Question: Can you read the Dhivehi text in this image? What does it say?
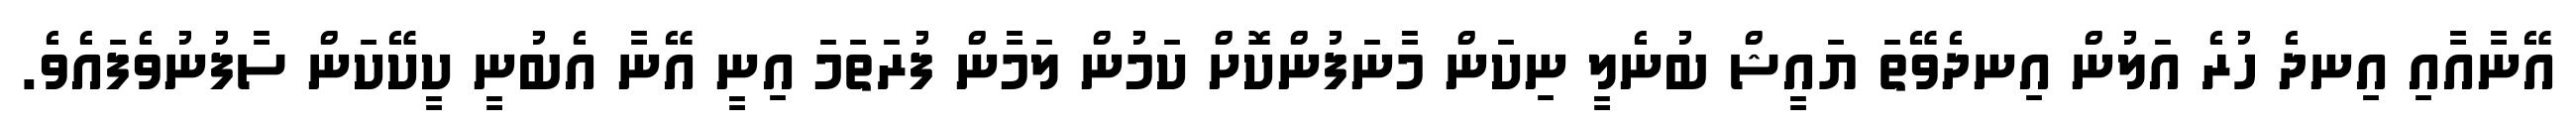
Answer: އޭނާއާއި އިނދެ ހުރެ އަލުން އިނދެވޭތަ ޔައީޝް ބުނެލީ ނިކަން މާނަފުންކޮށް ކަމުން ލަމާން ފުރަތަމަ އިނީ އޭނާ އެބުނީ ކީކޭކަން ސާފުނުވެފައެވެ.